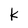
Character: k